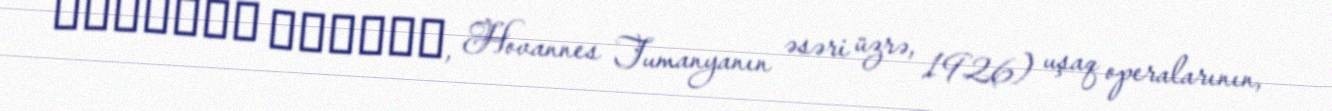
Չարաճճի Միկիչը, Hovannes Tumanyanın əsəri üzrə, 1926) uşaq operalarının,